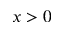
x > 0